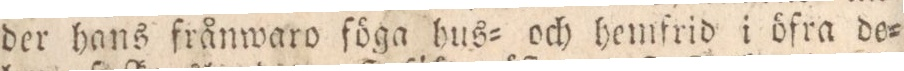
der hans frånwaro föga hus= och hemfrid i öfra de=